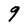
Character: g